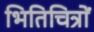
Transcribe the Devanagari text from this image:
भितिचित्रों